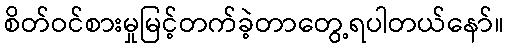
စိတ်ဝင်စားမှုမြင့်တက်ခဲ့တာတွေ့ရပါတယ်နော်။